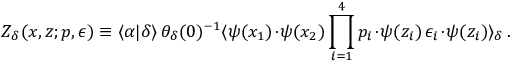
{ \cal Z } _ { \delta } ( x , z ; p , \epsilon ) \equiv \langle \alpha | \delta \rangle \, \theta _ { \delta } ( 0 ) ^ { - 1 } \langle \psi ( x _ { 1 } ) \! \cdot \! \psi ( x _ { 2 } ) \prod _ { i = 1 } ^ { 4 } p _ { i } \! \cdot \! \psi ( z _ { i } ) \, \epsilon _ { i } \! \cdot \! \psi ( z _ { i } ) \rangle _ { \delta } \, .